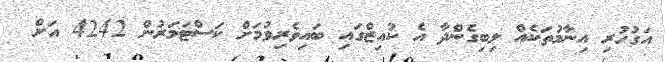
އަގުހުރި އިނާމުތަކެއް ލިބިގެންދާ އެ ކުއިޒްގައި ބައިވެރިވުމަށް ކަސްޓަމަރުން 4242 އަށް